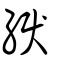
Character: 綟